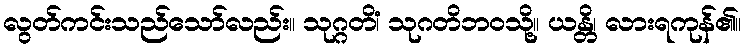
လွတ်ကင်းသည်သော်လည်း။ သုဂ္ဂတိံ၊ သုဂတိဘဝသို့။ ယန္တိ၊ လားရကုန်၏။